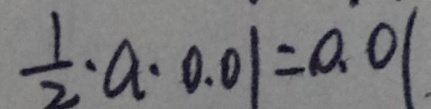
\frac { 1 } { 2 } \cdot a \cdot 0 . 0 1 = 0 . 0 1